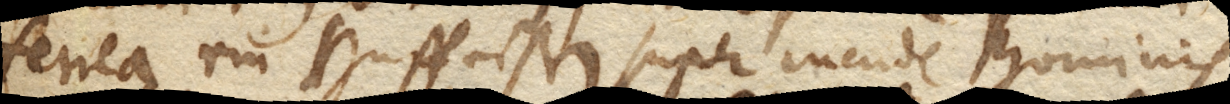
ferrea ein Huffeisen super incude hominis